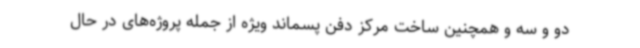
دو و سه و همچنین ساخت مرکز دفن پسماند ویژه از جمله پروژه‌های در حال